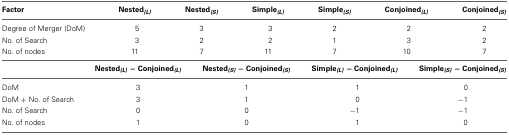
<table><thead><tr><td><b>Factor</b></td><td><b>Nested<sub><i>(L)</i></sub></b></td><td><b>Nested<sub><i>(S)</i></sub></b></td><td><b>Simple<sub><i>(L)</i></sub></b></td><td><b>Simple<sub><i>(S)</i></sub></b></td><td><b>Conjoined<sub><i>(L)</i></sub></b></td><td><b>Conjoined<sub><i>(S)</i></sub></b></td></tr></thead><tbody><tr><td>Degree of Merger (DoM)</td><td> 5</td><td> 3</td><td> 3</td><td> 2</td><td> 2</td><td> 2</td></tr><tr><td>No. of Search</td><td> 3</td><td> 2</td><td> 2</td><td> 1</td><td> 3</td><td> 2</td></tr><tr><td>No. of nodes</td><td>11</td><td> 7</td><td>11</td><td> 7</td><td>10</td><td> 7</td></tr><tr><td></td><td><b>Nested<sub><i>(L)</i></sub> − Conjoined<sub><i>(L)</i></sub></b></td><td><b>Nested<sub><i>(S)</i></sub> − Conjoined<sub><i>(S)</i></sub></b></td><td><b>Simple<sub><i>(L)</i></sub> − Conjoined<sub><i>(L)</i></sub></b></td><td><b>Simple<sub><i>(S)</i></sub> − Conjoined<sub><i>(S)</i></sub></b></td></tr><tr><td>DoM</td><td> 3</td><td> 1</td><td> 1</td><td> 0</td></tr><tr><td>DoM + No. of Search</td><td> 3</td><td> 1</td><td> 0</td><td>−1</td></tr><tr><td>No. of Search</td><td> 0</td><td> 0</td><td>−1</td><td>−1</td></tr><tr><td>No. of nodes</td><td> 1</td><td> 0</td><td> 1</td><td> 0</td></tr></tbody></table>